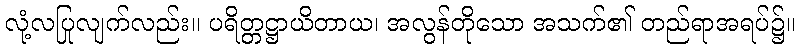
လုံ့လပြုလျက်လည်း။ ပရိတ္တဋ္ဌာယိတာယ၊ အလွန်တိုသော အသက်၏ တည်ရာအရပ်၌။